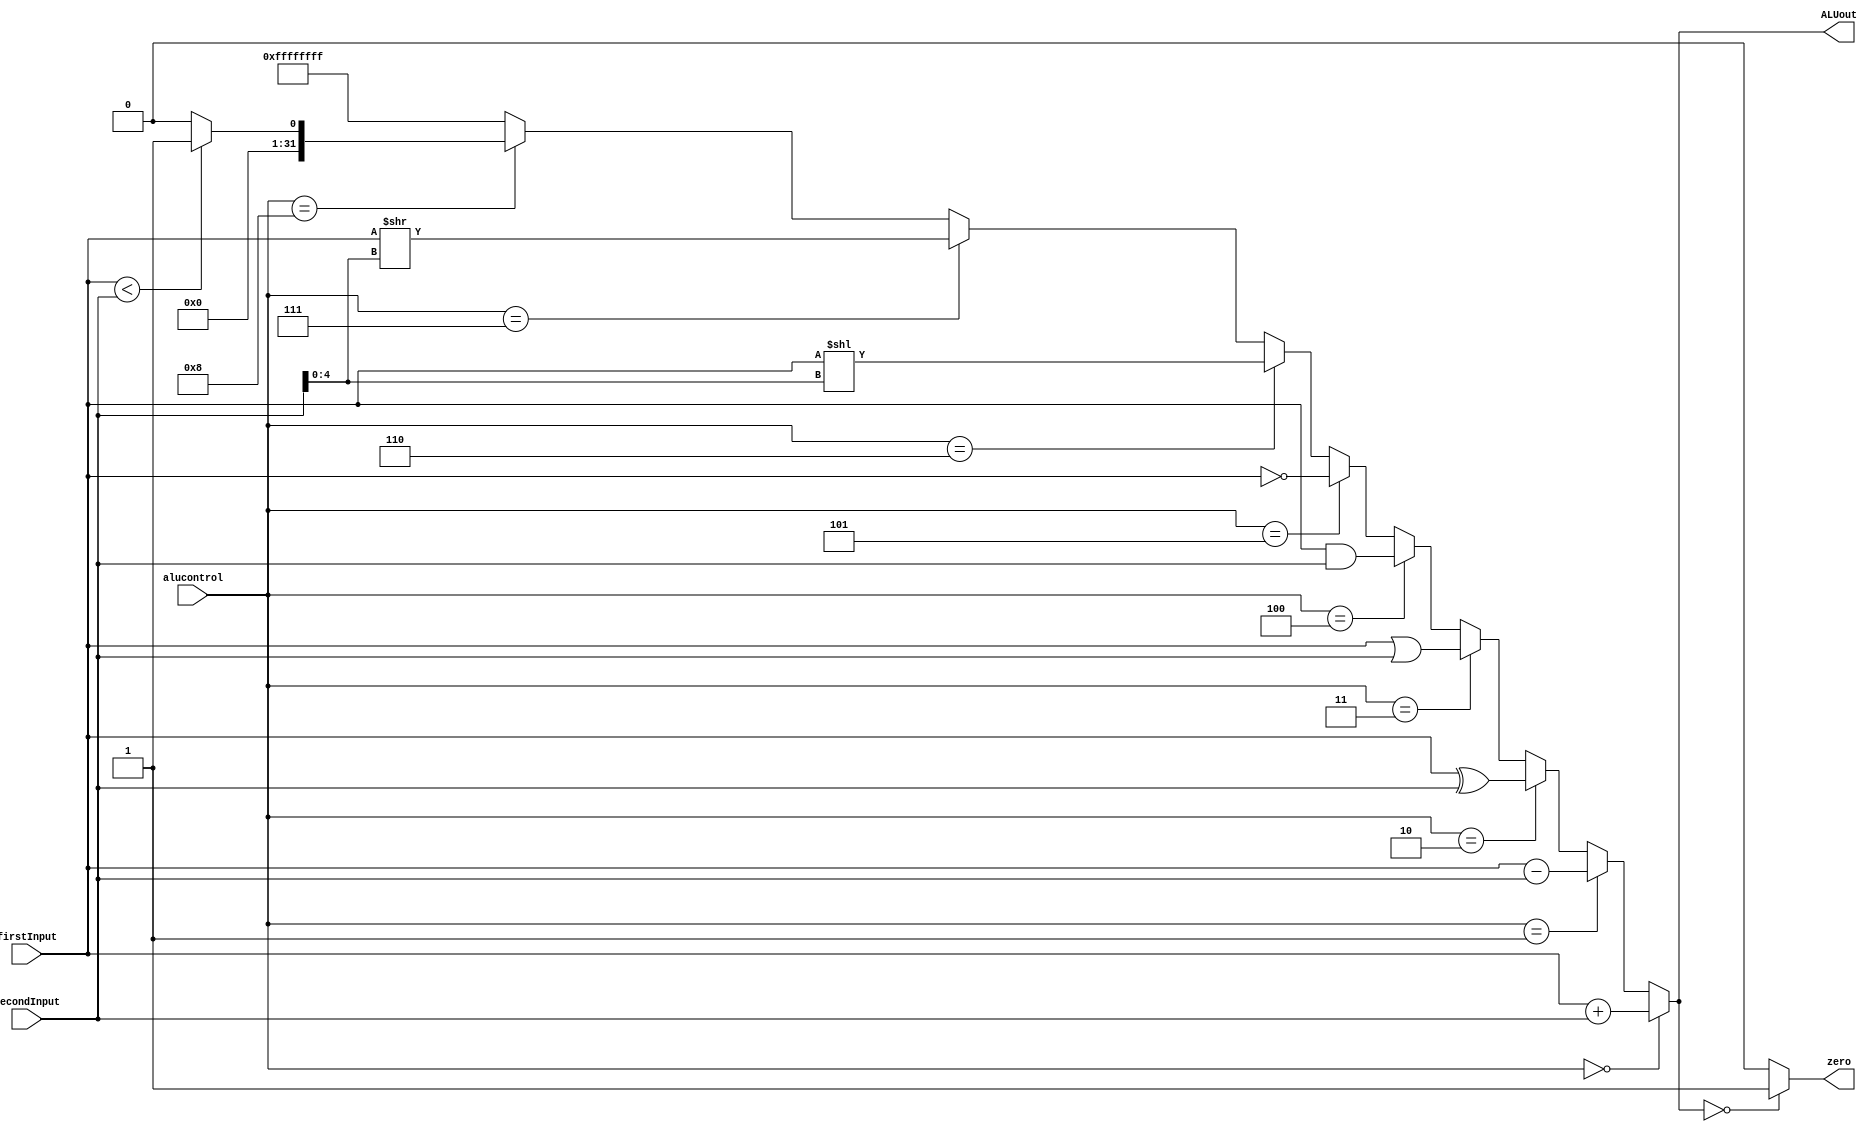
`timescale 1ns / 1ps

//////////////////////////////////////////////////////////////////////////////////
// fullname : Milad Nooraei
// student number : 9935701
// Computer Architecture HomeWork 2
//////////////////////////////////////////////////////////////////////////////////

module ALU(
	input [31:0]firstInput, secondInput,
	input [3:0]alucontrol,
	
	output [31:0]ALUout,
	output zero
    );
	 
	 assign ALUout = (alucontrol == 'b0000) ? (firstInput + secondInput) :    //and
				 (alucontrol == 'b0001) ? (firstInput - secondInput) :           //sub
				 (alucontrol == 'b0010) ? (firstInput ^ secondInput) :           //xor
				 (alucontrol == 'b0011) ? (firstInput | secondInput) :           //or
				 (alucontrol == 'b0100) ? (firstInput & secondInput) :           //and
				 (alucontrol == 'b0101) ? (~firstInput) :                        //not
				 (alucontrol == 'b0110) ? (firstInput << secondInput[4:0]) :     //shift left logical
				 (alucontrol == 'b0111) ? (firstInput >> secondInput[4:0]) :     //shift right logical
				 (alucontrol == 'b1000) ? ((firstInput < secondInput) ? 1 : 0)  ://set less than
				 -1;
				 
	assign zero = (ALUout == 0) ? 1 : 0;


endmodule